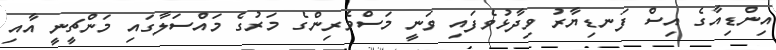
އިންޑިއާގެ އިސް ފަނޑިޔާރު ވިދާޅުވެފައި ވަނީ މަސްވެރިންގެ މަރުގެ މައްސަލާގައި މަންޗީނީ އާއި